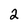
Character: 2